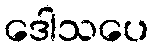
ဒေါသပေ